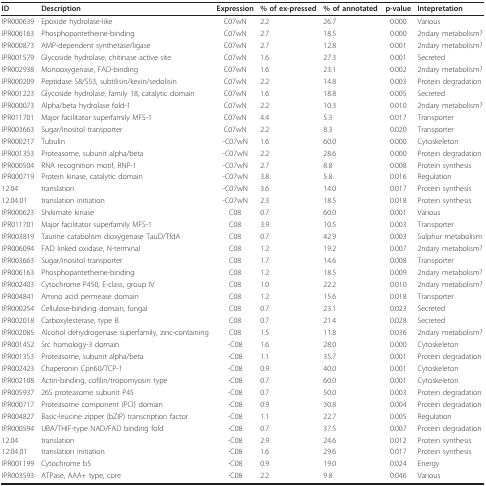
<table><thead><tr><td><b>ID</b></td><td><b>Description</b></td><td><b>Expression</b></td><td><b>% of ex-pressed</b></td><td><b>% of annotated</b></td><td><b>p-value</b></td><td><b>Intepretation</b></td></tr></thead><tbody><tr><td>IPR000639</td><td>Epoxide hydrolase-like</td><td>C07wN</td><td>2.2</td><td>26.7</td><td>0.000</td><td>Various</td></tr><tr><td>IPR006163</td><td>Phosphopantetheine-binding</td><td>C07wN</td><td>2.7</td><td>18.5</td><td>0.000</td><td>2ndary metabolism?</td></tr><tr><td>IPR000873</td><td>AMP-dependent synthetase/ligase</td><td>C07wN</td><td>2.7</td><td>12.8</td><td>0.001</td><td>2ndary metabolism?</td></tr><tr><td>IPR001579</td><td>Glycoside hydrolase, chitinase active site</td><td>C07wN</td><td>1.6</td><td>27.3</td><td>0.001</td><td>Secreted</td></tr><tr><td>IPR002938</td><td>Monooxygenase, FAD-binding</td><td>C07wN</td><td>1.6</td><td>23.1</td><td>0.002</td><td>2ndary metabolism?</td></tr><tr><td>IPR000209</td><td>Peptidase S8/S53, subtilisin/kexin/sedolisin</td><td>C07wN</td><td>2.2</td><td>14.8</td><td>0.003</td><td>Protein degradation</td></tr><tr><td>IPR001223</td><td>Glycoside hydrolase, family 18, catalytic domain</td><td>C07wN</td><td>1.6</td><td>18.8</td><td>0.005</td><td>Secreted</td></tr><tr><td>IPR000073</td><td>Alpha/beta hydrolase fold-1</td><td>C07wN</td><td>2.2</td><td>10.3</td><td>0.010</td><td>2ndary metabolism?</td></tr><tr><td>IPR011701</td><td>Major facilitator superfamily MFS-1</td><td>C07wN</td><td>4.4</td><td>5.3</td><td>0.017</td><td>Transporter</td></tr><tr><td>IPR003663</td><td>Sugar/inositol transporter</td><td>C07wN</td><td>2.2</td><td>8.3</td><td>0.020</td><td>Transporter</td></tr><tr><td>IPR000217</td><td>Tubulin</td><td>-C07wN</td><td>1.6</td><td>60.0</td><td>0.000</td><td>Cytoskeleton</td></tr><tr><td>IPR001353</td><td>Proteasome, subunit alpha/beta</td><td>-C07wN</td><td>2.2</td><td>28.6</td><td>0.000</td><td>Protein degradation</td></tr><tr><td>IPR000504</td><td>RNA recognition motif, RNP-1</td><td>-C07wN</td><td>2.7</td><td>8.8</td><td>0.008</td><td>Protein synthesis</td></tr><tr><td>IPR000719</td><td>Protein kinase, catalytic domain</td><td>-C07wN</td><td>3.8</td><td>5.8</td><td>0.016</td><td>Regulation</td></tr><tr><td>12.04</td><td>translation</td><td>-C07wN</td><td>3.6</td><td>14.0</td><td>0.017</td><td>Protein synthesis</td></tr><tr><td>12.04.01</td><td>translation initiation</td><td>-C07wN</td><td>2.3</td><td>18.5</td><td>0.018</td><td>Protein synthesis</td></tr><tr><td>IPR000623</td><td>Shikimate kinase</td><td>C08</td><td>0.7</td><td>60.0</td><td>0.001</td><td>Various</td></tr><tr><td>IPR011701</td><td>Major facilitator superfamily MFS-1</td><td>C08</td><td>3.9</td><td>10.5</td><td>0.003</td><td>Transporter</td></tr><tr><td>IPR003819</td><td>Taurine catabolism dioxygenase TauD/TfdA</td><td>C08</td><td>0.7</td><td>42.9</td><td>0.003</td><td>Sulphur metabolism</td></tr><tr><td>IPR006094</td><td>FAD linked oxidase, N-terminal</td><td>C08</td><td>1.2</td><td>19.2</td><td>0.007</td><td>2ndary metabolism?</td></tr><tr><td>IPR003663</td><td>Sugar/inositol transporter</td><td>C08</td><td>1.7</td><td>14.6</td><td>0.008</td><td>Transporter</td></tr><tr><td>IPR006163</td><td>Phosphopantetheine-binding</td><td>C08</td><td>1.2</td><td>18.5</td><td>0.009</td><td>2ndary metabolism?</td></tr><tr><td>IPR002403</td><td>Cytochrome P450, E-class, group IV</td><td>C08</td><td>1.0</td><td>22.2</td><td>0.010</td><td>2ndary metabolism?</td></tr><tr><td>IPR004841</td><td>Amino acid permease domain</td><td>C08</td><td>1.2</td><td>15.6</td><td>0.018</td><td>Transporter</td></tr><tr><td>IPR000254</td><td>Cellulose-binding domain, fungal</td><td>C08</td><td>0.7</td><td>23.1</td><td>0.023</td><td>Secreted</td></tr><tr><td>IPR002018</td><td>Carboxylesterase, type B</td><td>C08</td><td>0.7</td><td>21.4</td><td>0.028</td><td>Secreted</td></tr><tr><td>IPR002085</td><td>Alcohol dehydrogenase superfamily, zinc-containing</td><td>C08</td><td>1.5</td><td>11.8</td><td>0.036</td><td>2ndary metabolism?</td></tr><tr><td>IPR001452</td><td>Src homology-3 domain</td><td>-C08</td><td>1.6</td><td>28.0</td><td>0.000</td><td>Cytoskeleton</td></tr><tr><td>IPR001353</td><td>Proteasome, subunit alpha/beta</td><td>-C08</td><td>1.1</td><td>35.7</td><td>0.001</td><td>Protein degradation</td></tr><tr><td>IPR002423</td><td>Chaperonin Cpn60/TCP-1</td><td>-C08</td><td>0.9</td><td>40.0</td><td>0.001</td><td>Cytoskeleton</td></tr><tr><td>IPR002108</td><td>Actin-binding, cofilin/tropomyosin type</td><td>-C08</td><td>0.7</td><td>60.0</td><td>0.001</td><td>Cytoskeleton</td></tr><tr><td>IPR005937</td><td>26S proteasome subunit P45</td><td>-C08</td><td>0.7</td><td>50.0</td><td>0.003</td><td>Protein degradation</td></tr><tr><td>IPR000717</td><td>Proteasome component (PCI) domain</td><td>-C08</td><td>0.9</td><td>30.8</td><td>0.004</td><td>Protein degradation</td></tr><tr><td>IPR004827</td><td>Basic-leucine zipper (bZIP) transcription factor</td><td>-C08</td><td>1.1</td><td>22.7</td><td>0.005</td><td>Regulation</td></tr><tr><td>IPR000594</td><td>UBA/THIF-type NAD/FAD binding fold</td><td>-C08</td><td>0.7</td><td>37.5</td><td>0.007</td><td>Protein degradation</td></tr><tr><td>12.04</td><td>translation</td><td>-C08</td><td>2.9</td><td>24.6</td><td>0.012</td><td>Protein synthesis</td></tr><tr><td>12.04.01</td><td>translation initiation</td><td>-C08</td><td>1.6</td><td>29.6</td><td>0.017</td><td>Protein synthesis</td></tr><tr><td>IPR001199</td><td>Cytochrome b5</td><td>-C08</td><td>0.9</td><td>19.0</td><td>0.024</td><td>Energy</td></tr><tr><td>IPR003593</td><td>ATPase, AAA+ type, core</td><td>-C08</td><td>2.2</td><td>9.8</td><td>0.046</td><td>Various</td></tr></tbody></table>